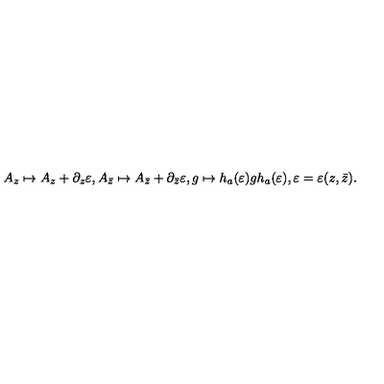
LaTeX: A _ { z } \mapsto A _ { z } + \partial _ { z } \varepsilon , A _ { \bar { z } } \mapsto A _ { \bar { z } } + \partial _ { \bar { z } } \varepsilon , g \mapsto h _ { a } ( \varepsilon ) g h _ { a } ( \varepsilon ) , \varepsilon = \varepsilon ( z , \bar { z } ) .